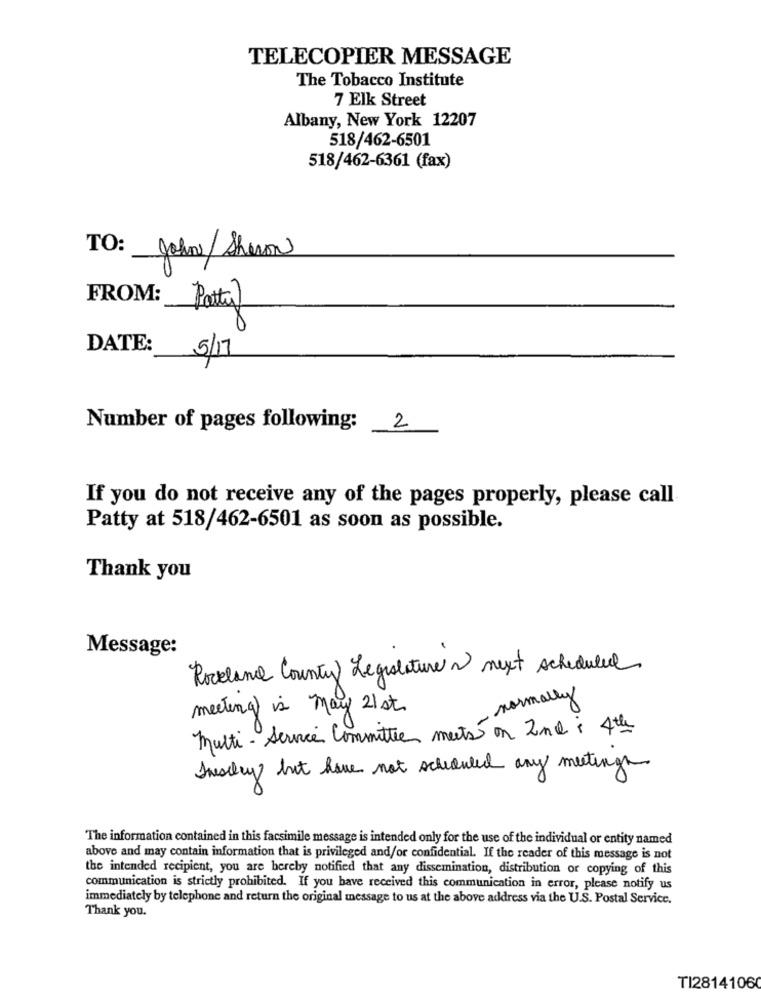
TELECOPIER MESSAGE
The Tobacco Institute
7 Elk Street
Albany, New York 12207
518/462-6501
518/462-6361 (fax)
TO: John/Shewon
FROM:
Patty)
DATE:
5/17
Number of pages following:
2
If you do not receive any of the pages properly, please call
Patty at 518/462-6501 as soon as possible.
Thank you
Message:
Rockland County Legislature ~ next scheduled
- normally
meeting is May 21 st.
multi - Service Committee meets on 2nd : 4th
Tuesday but have not scheduled any meeting.
The information contained in this facsimile message is intended only for the use of the individual or entity named
above and may contain information that is privileged and/or confidential. If the reader of this message is not
the intended recipient, you are hereby notified that any dissemination, distribution or copying of this
communication is strictly prohibited. If you have received this communication in error, please notify us
immediately by telephone and return the original message to us at the above address via the U.S. Postal Service.
Thank you.
TI2814106